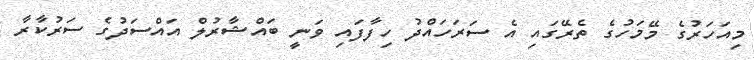
މިއަހަރުގެ މޭމަހުގެ ތެރޭގައި އެ ސަރަހައްދު ހިފާފައި ވަނީ ބައްޝާރުލް އައްސަދުގެ ސަރުކާރާ